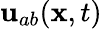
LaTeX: {\mathbf{u}}_{ab}({\mathbf{x}},t)